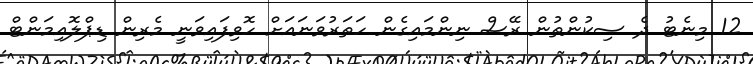
12 މިނެޓު ދެ ސިކުންތުން ރޭސް ނިންމައިގެން ހަތަރުވަނައަށް ހޮވިފައިވަނީ މެރިން ޑިޕްލޮއިމަންޓް